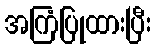
အကြံပြုထားပြီး